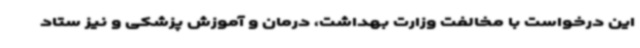
این درخواست با مخالفت وزارت بهداشت، درمان و آموزش پزشکی و نیز ستاد